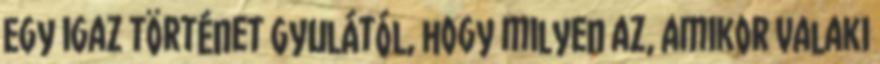
Egy igaz történet Gyulától, hogy milyen az, amikor valaki